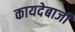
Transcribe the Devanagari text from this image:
कायदेबाजी